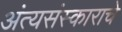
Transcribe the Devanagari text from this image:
अंत्यसंस्काराचे